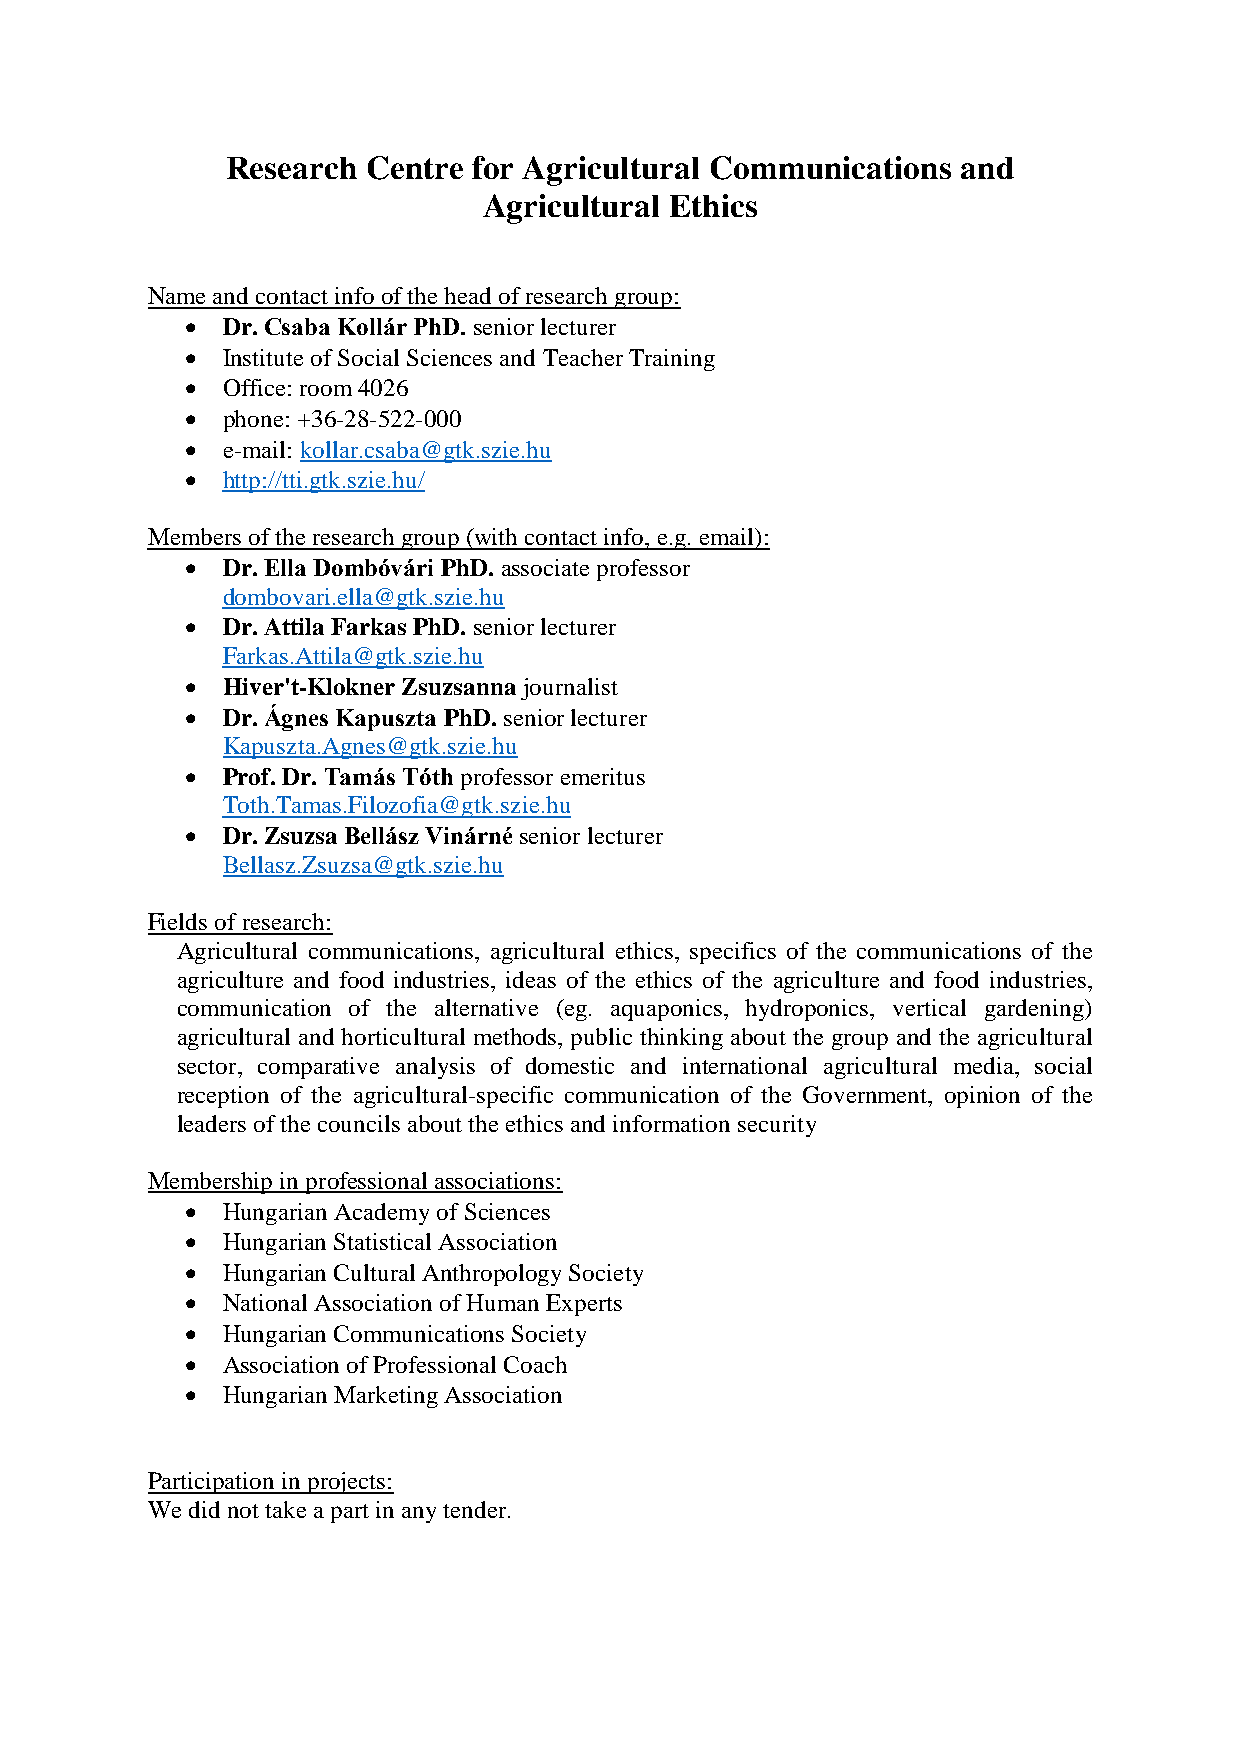
Research Centre for Agricultural Communications  and
 Agricultural Ethics
 Name and contact info of the head of research group:
   Dr. Csaba Kollár PhD. senior lecturer
   Institute of Social Sciences and Teacher Training
   Office: room 4026
   phone: +36-28-522-000
   e-mail: kollar.csaba@gtk.szie.hu
   http://tti.gtk.szie.hu/
 Members of the research group (with contact info, e.g. email):
   Dr. Ella Dombóvári PhD. associate professor
 dombovari.ella@gtk.szie.hu
   Dr. Attila Farkas PhD. senior lecturer
 Farkas.Attila@gtk.szie.hu
   Hiver't-Klokner Zsuzsanna journalist
   Dr. Ágnes Kapuszta PhD. senior lecturer
 Kapuszta.Agnes@gtk.szie.hu
   Prof. Dr. Tamás Tóth professor emeritus
 Toth.Tamas.Filozofia@gtk.szie.hu
   Dr. Zsuzsa Bellász Vinárné senior lecturer
 Bellasz.Zsuzsa@gtk.szie.hu
 Fields of research:
 Agricultural communications, agricultural ethics, specifics of the communications of the
 agriculture and food industries, ideas of the ethics of the agriculture and food industries,
 communication of the alternative (eg. aquaponics, hydroponics, vertical gardening)
 agricultural and horticultural methods, public thinking about the group and the agricultural
 sector, comparative analysis of domestic and international agricultural media, social
 reception of the agricultural-specific communication of the Government, opinion of the
 leaders of the councils about the ethics and information security
 Membership in professional associations:
   Hungarian Academy of Sciences
   Hungarian Statistical Association
   Hungarian Cultural Anthropology Society
   National Association of Human Experts
   Hungarian Communications Society
   Association of Professional Coach
   Hungarian Marketing Association
 Participation in projects:
 We did not take a part in any tender.